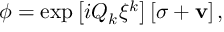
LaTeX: \phi = \exp \left[ i Q _ { k } \xi ^ { k } \right] \left[ \sigma + { \bf v } \right] ,